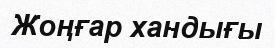
Жоңғар хандығы